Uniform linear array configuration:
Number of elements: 8
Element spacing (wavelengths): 0.75
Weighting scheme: kaiser
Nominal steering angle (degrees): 30
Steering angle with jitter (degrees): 31.223
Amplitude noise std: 0.05
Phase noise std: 0.05

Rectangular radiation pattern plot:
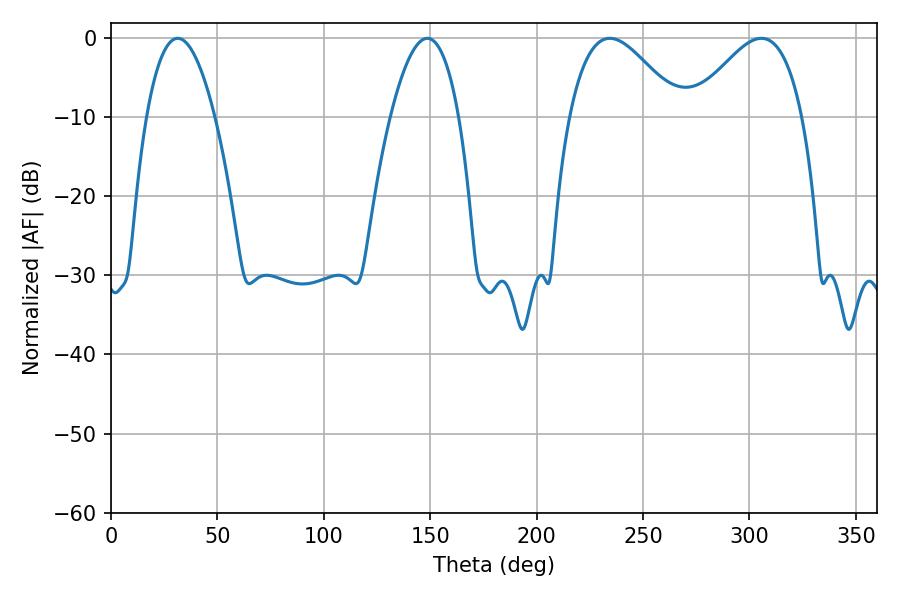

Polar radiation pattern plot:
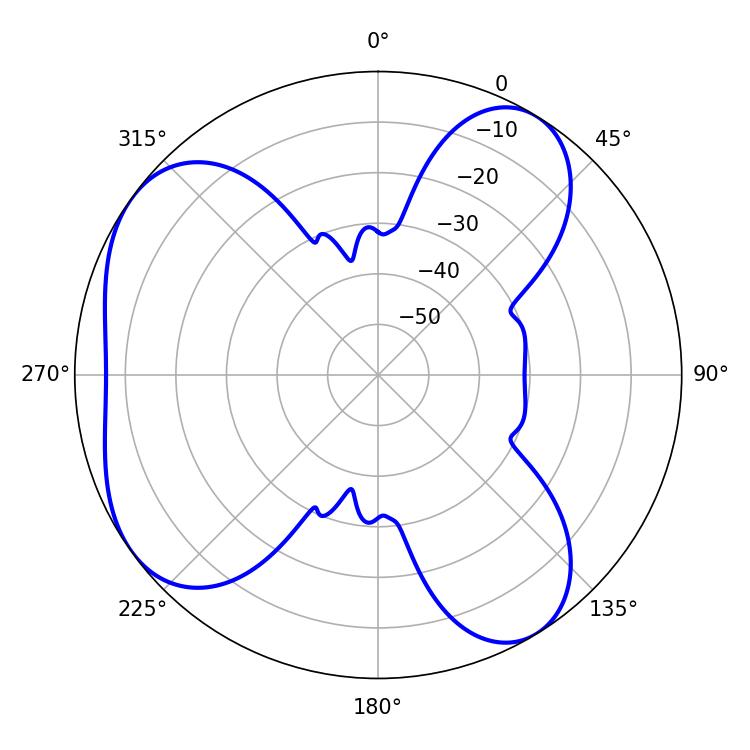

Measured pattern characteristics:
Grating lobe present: TRUE
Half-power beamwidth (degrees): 27.9
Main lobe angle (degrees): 234.36